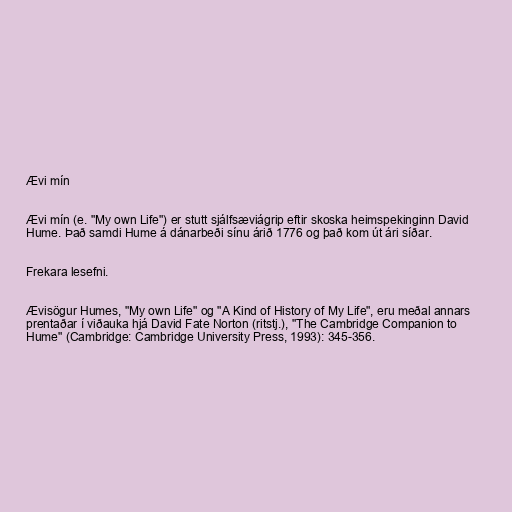
Ævi mín

Ævi mín (e. "My own Life") er stutt sjálfsæviágrip eftir skoska heimspekinginn David
Hume. Það samdi Hume á dánarbeði sínu árið 1776 og það kom út ári síðar.

Frekara lesefni.

Ævisögur Humes, "My own Life" og "A Kind of History of My Life", eru meðal annars
prentaðar í viðauka hjá David Fate Norton (ritstj.), "The Cambridge Companion to
Hume" (Cambridge: Cambridge University Press, 1993): 345-356.